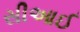
સીઆઈ